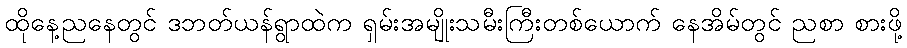
ထိုနေ့ညနေတွင် ဒဘတ်ယန်ရွာထဲက ရှမ်းအမျိုးသမီးကြီးတစ်ယောက် နေအိမ်တွင် ညစာ စားဖို့